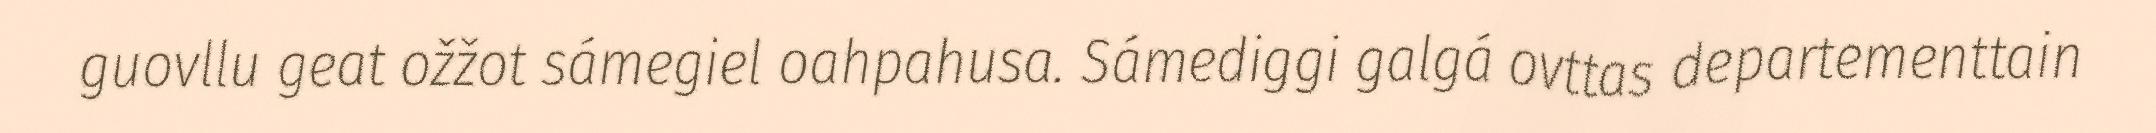
guovllu geat ožžot sámegiel oahpahusa. Sámediggi galgá ovttas departementtain